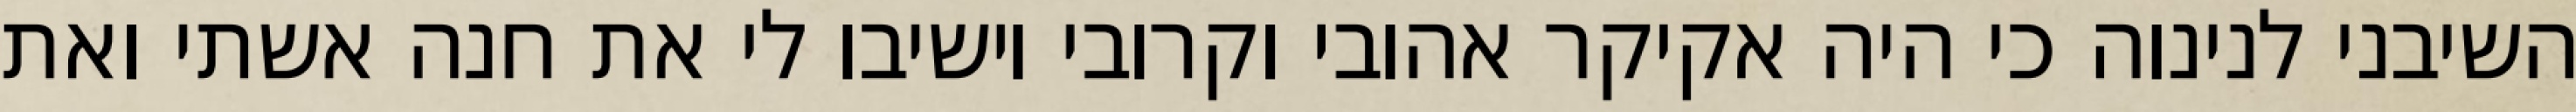
השיבני לנינוה כי היה אקיקר אהובי וקרובי וישיבו לי את חנה אשתי ואת